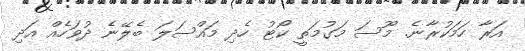
އަރާ ހަމަކުރާނެ. މޫސަ މަގުމަތީ ކޯޓު ހެދި މައްސަލަ ބެލޭނެ ދުވަހެއް އަދި